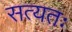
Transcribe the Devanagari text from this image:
सत्यतः